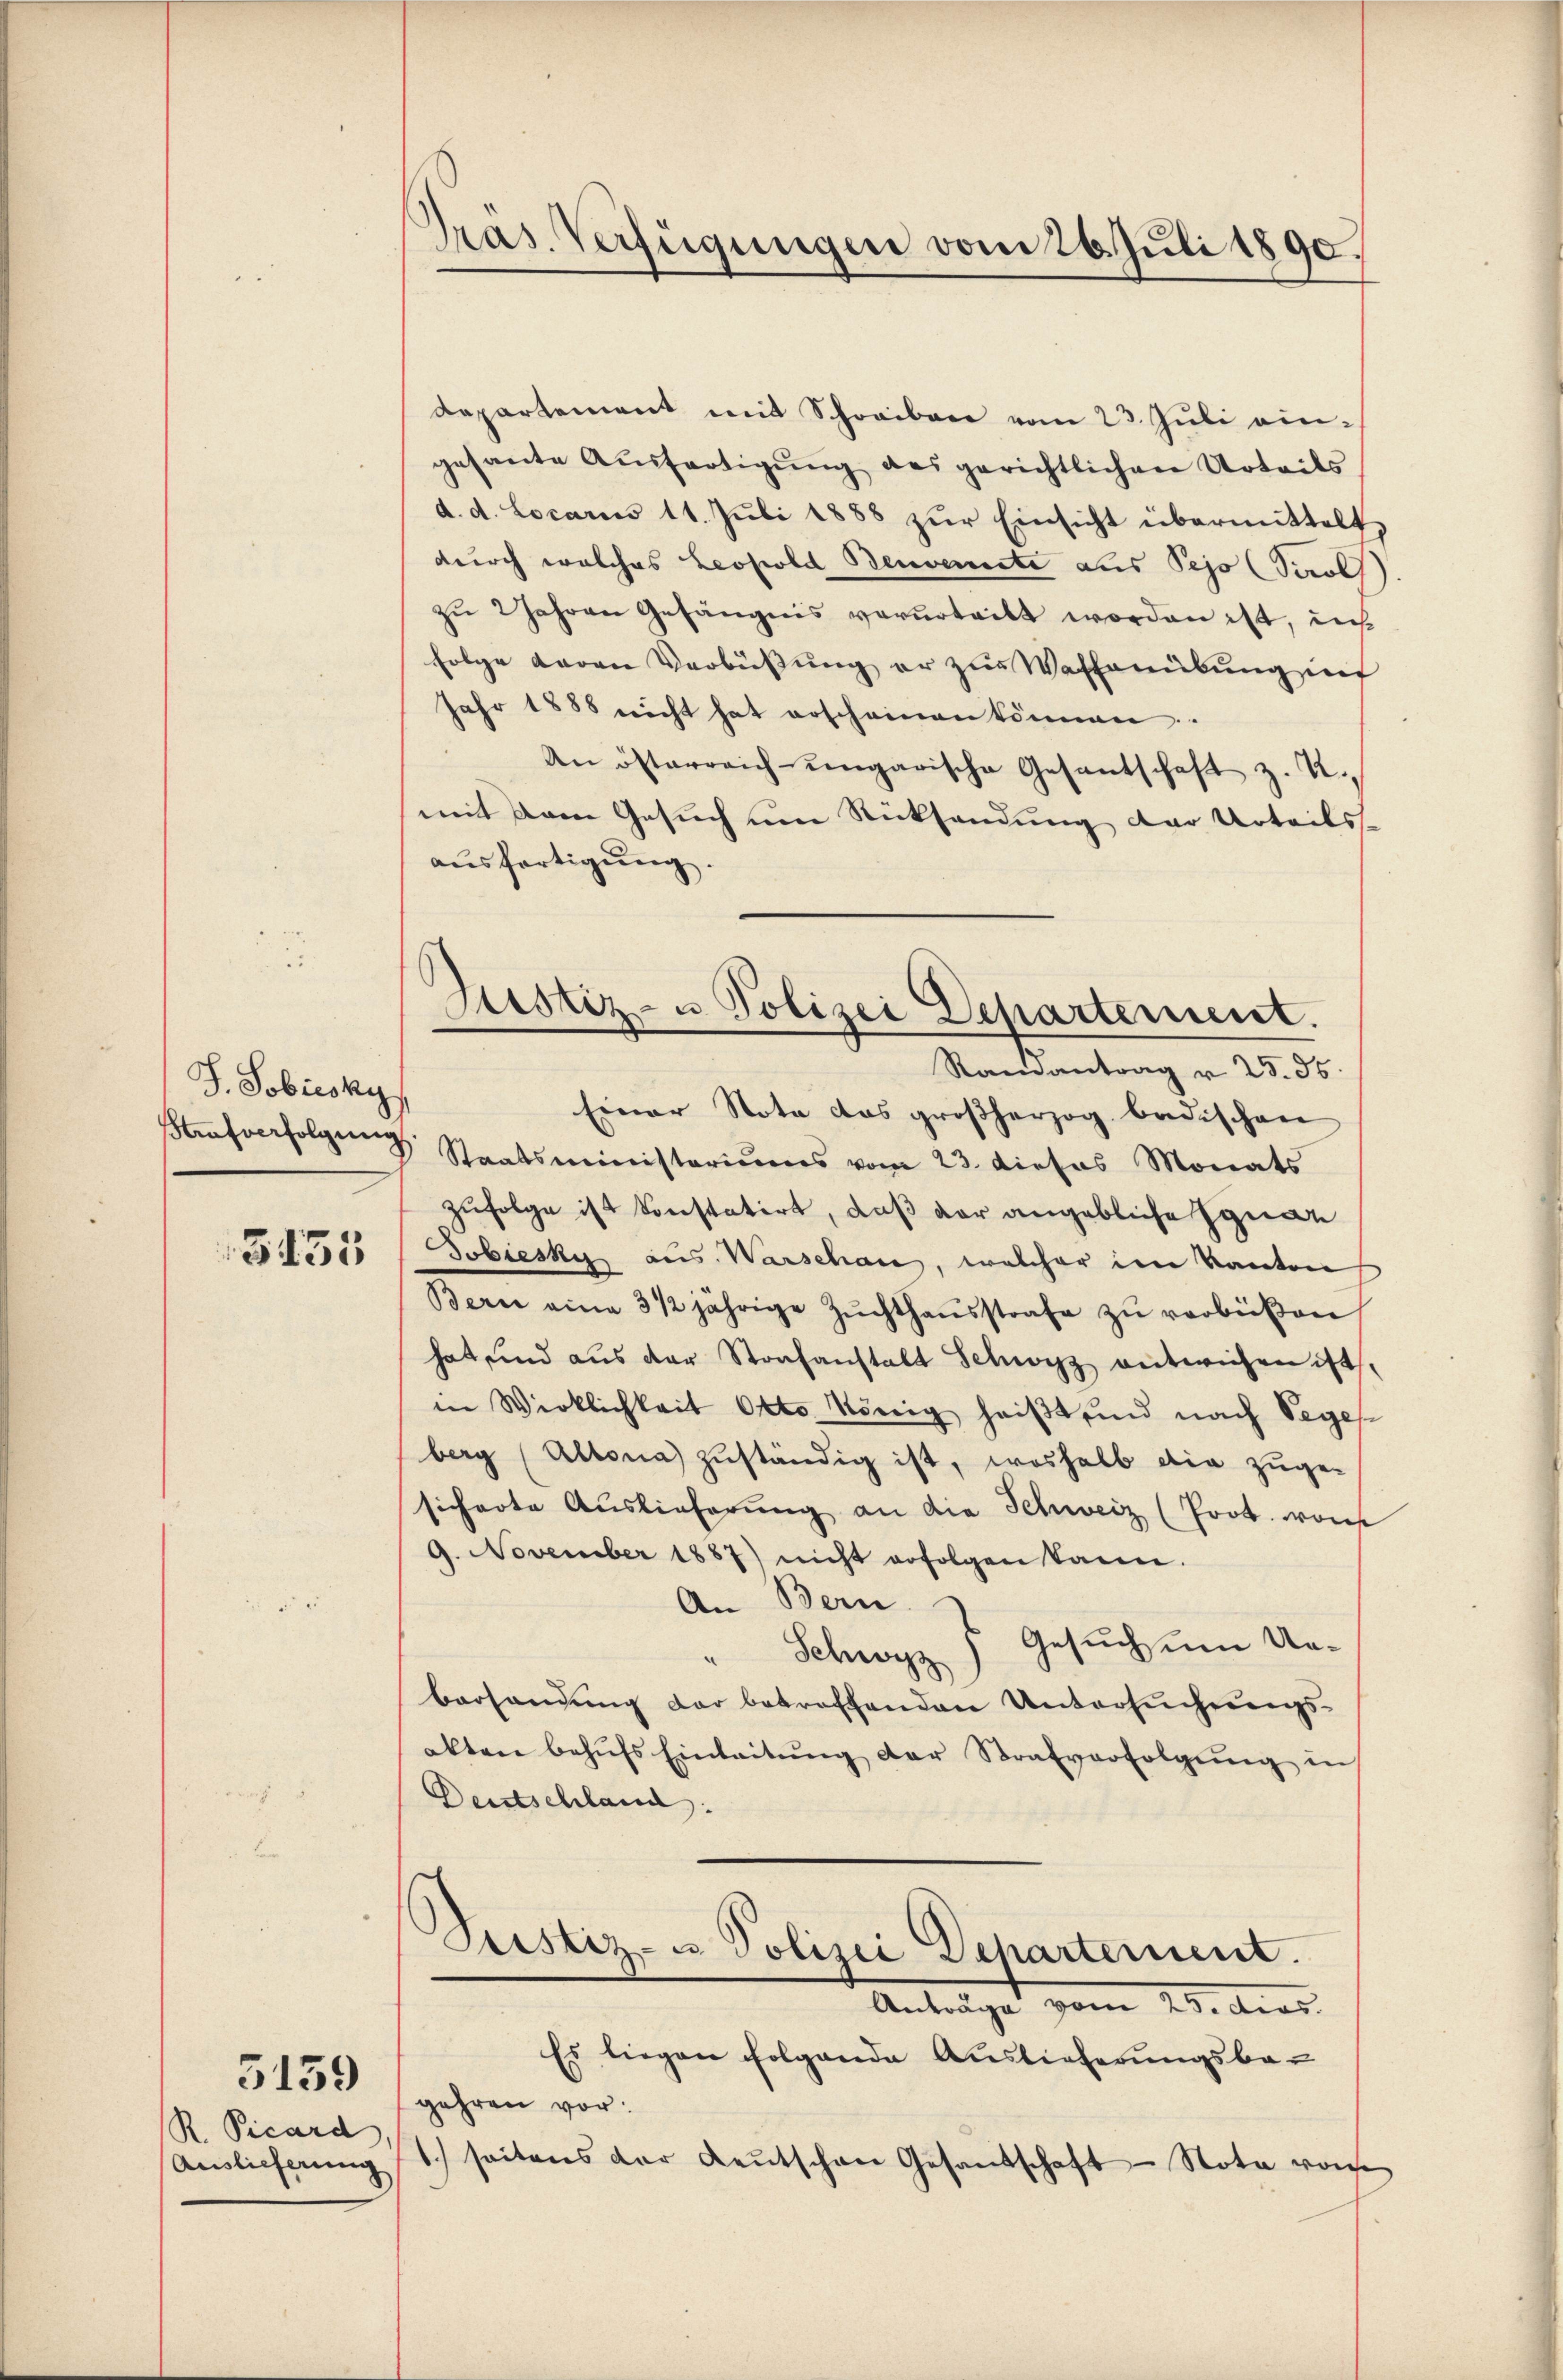
J. Sobicsky,
3455

R. Picard,
Auslieferung

5159

Pras. Verfügungen vom 26. Juli 1890.

departement mit Schreiben vom 23. Juli eingesante Aŭsfertigŭng des gerichtlichen Urteils
d. d. Locariis 11. Jŭli 1888 zŭr Einsicht übermittelt
durch welches Leopold Benvereite aus Pejo (Sol
zŭ 2 Jahren Gefängnis verurteilt worden ist, in
folge daran Verbüssung er zur Waffenübung in
jahr 1888 nicht hat erscheinen können.
An österreich eingarische Gesantschaft z. Timit dem Gesuch um Rücksendung der Urteils-
ausfertigung.
ferfolgŭng Staatsministeriums vom 23. dieses Monats
zufolge ist konstatirt, daß der angebliche Ignaz
Jobiesky aus Warschau, welcher im Kanton
Bern eine 3 1/2 jährige Zŭchthaŭsstrafe zŭ verbüßen
hat und aus der Strafanstalt Schwyz entwichen ist,
in Wirklichkeit Otto König heißt und nach Seges
berg (Altona zuständig ist, weshalb die zuge-
sicherte Auslieferung an die Schweiz (Prot. von
9. November 1887) nicht erfolgen kann.
An Bern.
Gesuch um Un¬
Schwyz
n
bersendung der betreffenden Untersucherungs-
akten behŭfs Einleitŭng der Strafverfolgŭng in
Deutschland:
)
Justiz- u Polizei Departement.
Antrage vom 28. Aug.
Es liegen folgende Auslieferungsbe-
gehren vor:
1.) seitens der Leŭtschen Gesandschaft - Nota von

Justiz- u Polizei Departement.
Randantrag v. 25. ds.
Einer Nota das großherzog badischen